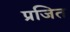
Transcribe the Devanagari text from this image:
प्रजित